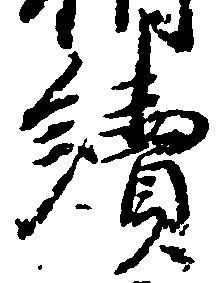
続